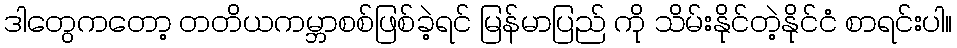
ဒါတွေကတော့ တတိယကမ္ဘာစစ်ဖြစ်ခဲ့ရင် မြန်မာပြည် ကို သိမ်းနိုင်တဲ့နိုင်ငံ စာရင်းပါ။